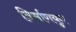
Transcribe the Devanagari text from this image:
निर्माणयुग